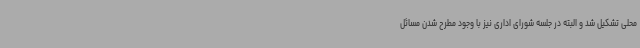
محلی تشکیل شد و البته در جلسه شورای اداری نیز با وجود مطرح شدن مسائل